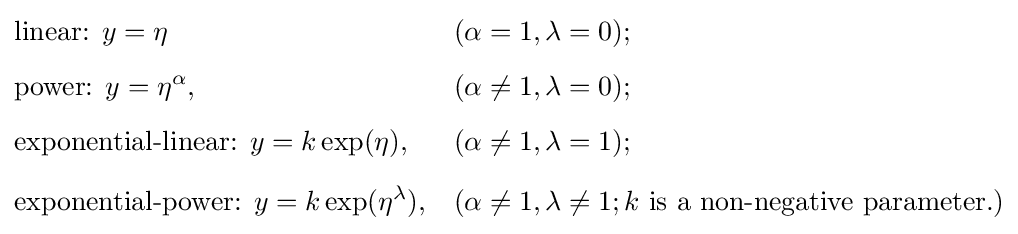
{\begin{aligned}&{\text{linear: }}y=\eta &&(\alpha =1,\lambda =0);\\[5pt]&{\text{power: }}y=\eta ^{\alpha },&&(\alpha \neq 1,\lambda =0);\\[5pt]&{\text{exponential-linear: }}y=k\exp(\eta ),&&(\alpha \neq 1,\lambda =1);\\[5pt]&{\text{exponential-power: }}y=k\exp(\eta ^{\lambda }),&&(\alpha \neq 1,\lambda \neq 1;k{\text{ is a non-negative parameter}}.)\end{aligned}}